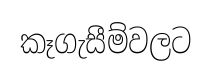
කෑගැසීම්වලට